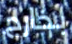
بخارج